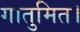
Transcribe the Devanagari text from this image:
गातुमित।